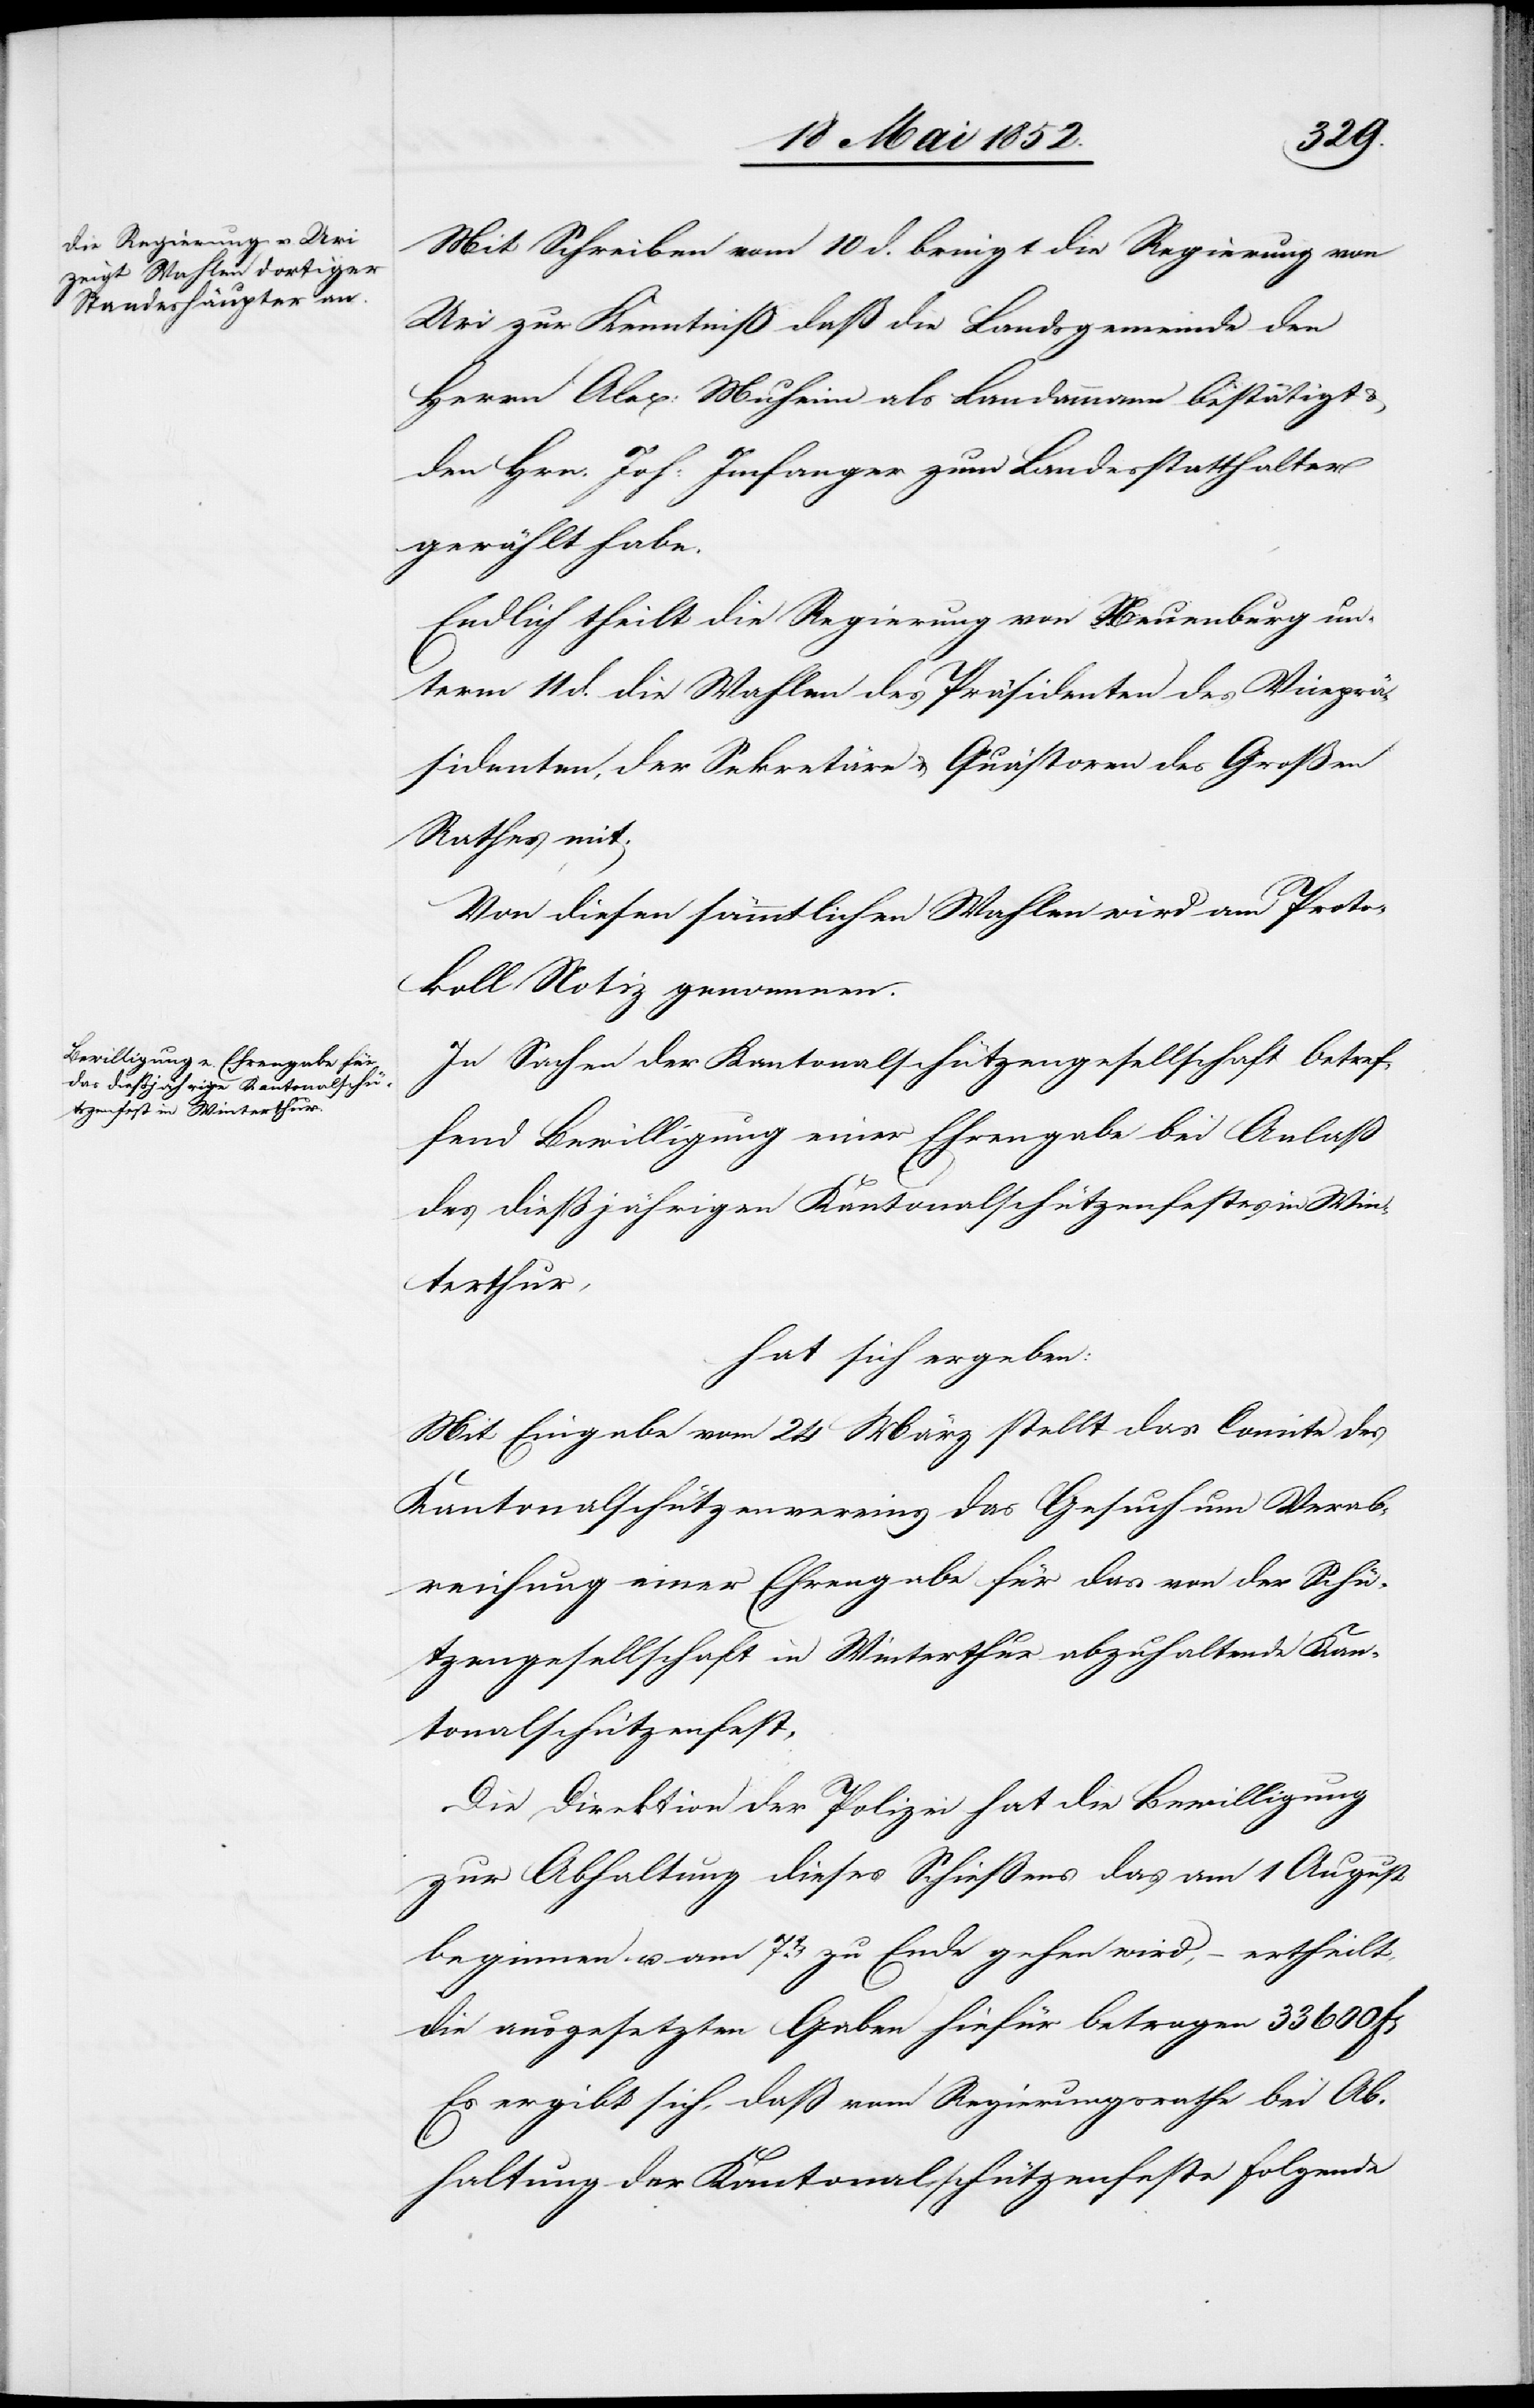
Mit Schreiben vom 10 d. bringt die Regierung von
Uri zur Kenntniß daß die Landsgemeinde den
Herrn Alex: Muheim als Landammann bestätigt &
den Hrn. Joh: Imfanger zum Landesstatthalter
gewählt habe.
Endlich theilt die Regierung von Neuenburg un¬
term 11 d. die Wahlen des Präsidenten[,] des Viceprä¬
sidenten, der Sekretäre & Quästoren des Großen
Rathes mit.
Von diesen sämmtlichen Wahlen wird am Proto¬
koll Notiz genommen.
In Sachen der Kantonalschützengesellschaft betref¬
fend Bewilligung einer Ehrengabe bei Anlaß
des diessjährigen Kantonalschützenfestes in Win¬
terthur,
hat sich ergeben:
Mit Eingabe vom 24 März stellt das Comite des
Kantonalschützenvereins das Gesuch um Verab¬
reichung einer Ehrengabe für das von der Schü¬
tzengesellschaft in Winterthur abzuhaltende Kan¬
tonalschützenfest.
Die Direktion der Polizei hat die Bewilligung
zur Abhaltung dieses Schiessens das am 1 August
beginnen u. am 7t[en]. zu Ende gehen wird, – ertheilt,
die ausgesetzten Gaben hiefür betragen 33 600
Es ergibt sich, daß vom Regierungsrathe bei Ab¬
haltung der Kantonalschützenfeste folgende